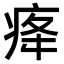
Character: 𤵸